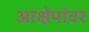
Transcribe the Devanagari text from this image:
आक्षेपांवर